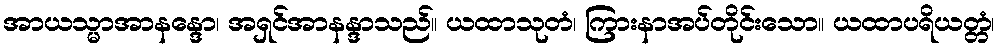
အာယသ္မာအာနန္ဒော၊ အရှင်အာနန္ဒာသည်။ ယထာသုတံ၊ ကြားနာအပ်တိုင်းသော။ ယထာပရိယတ္တံ၊